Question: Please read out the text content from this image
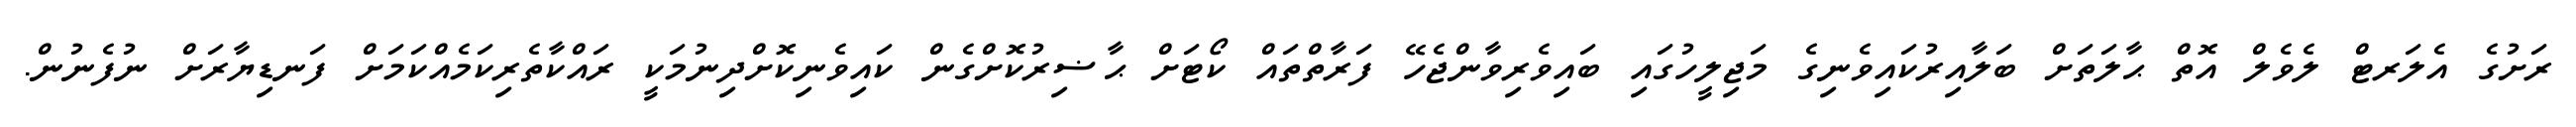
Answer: ރަށުގެ އެލަރޓް ލެވެލް އޮތް ޙާލަތަށް ބަލާއިރުކައިވެނިގެ މަޖިލީހުގައި ބައިވެރިވާންޖެހޭ ފަރާތްތައް ކޯޓަށް ޙާޟިރުކޮށްގެން ކައިވެނިކޮށްދިނުމަކީ ރައްކާތެރިކަމެއްކަމަށް ފަނޑިޔާރަށް ނުފެނުން.